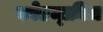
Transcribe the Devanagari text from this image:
कोडम्फ्रीज़